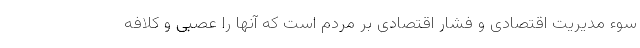
سوء مدیریت اقتصادی و فشار اقتصادی بر مردم است که آنها را عصبی و کلافه